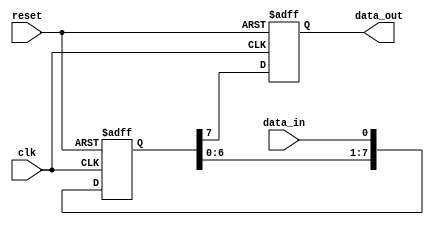
module shift_register(
    input wire clk,
    input wire reset,
    input wire data_in,
    output reg data_out
);

reg [7:0] shift_reg;

always @(posedge clk or posedge reset) begin
    if (reset) begin
        shift_reg <= 8'b0;
        data_out <= 1'b0;
    end else begin
        shift_reg <= {shift_reg[6:0], data_in};
        data_out <= shift_reg[7];
    end
end

endmodule